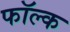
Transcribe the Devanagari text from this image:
फॉल्क